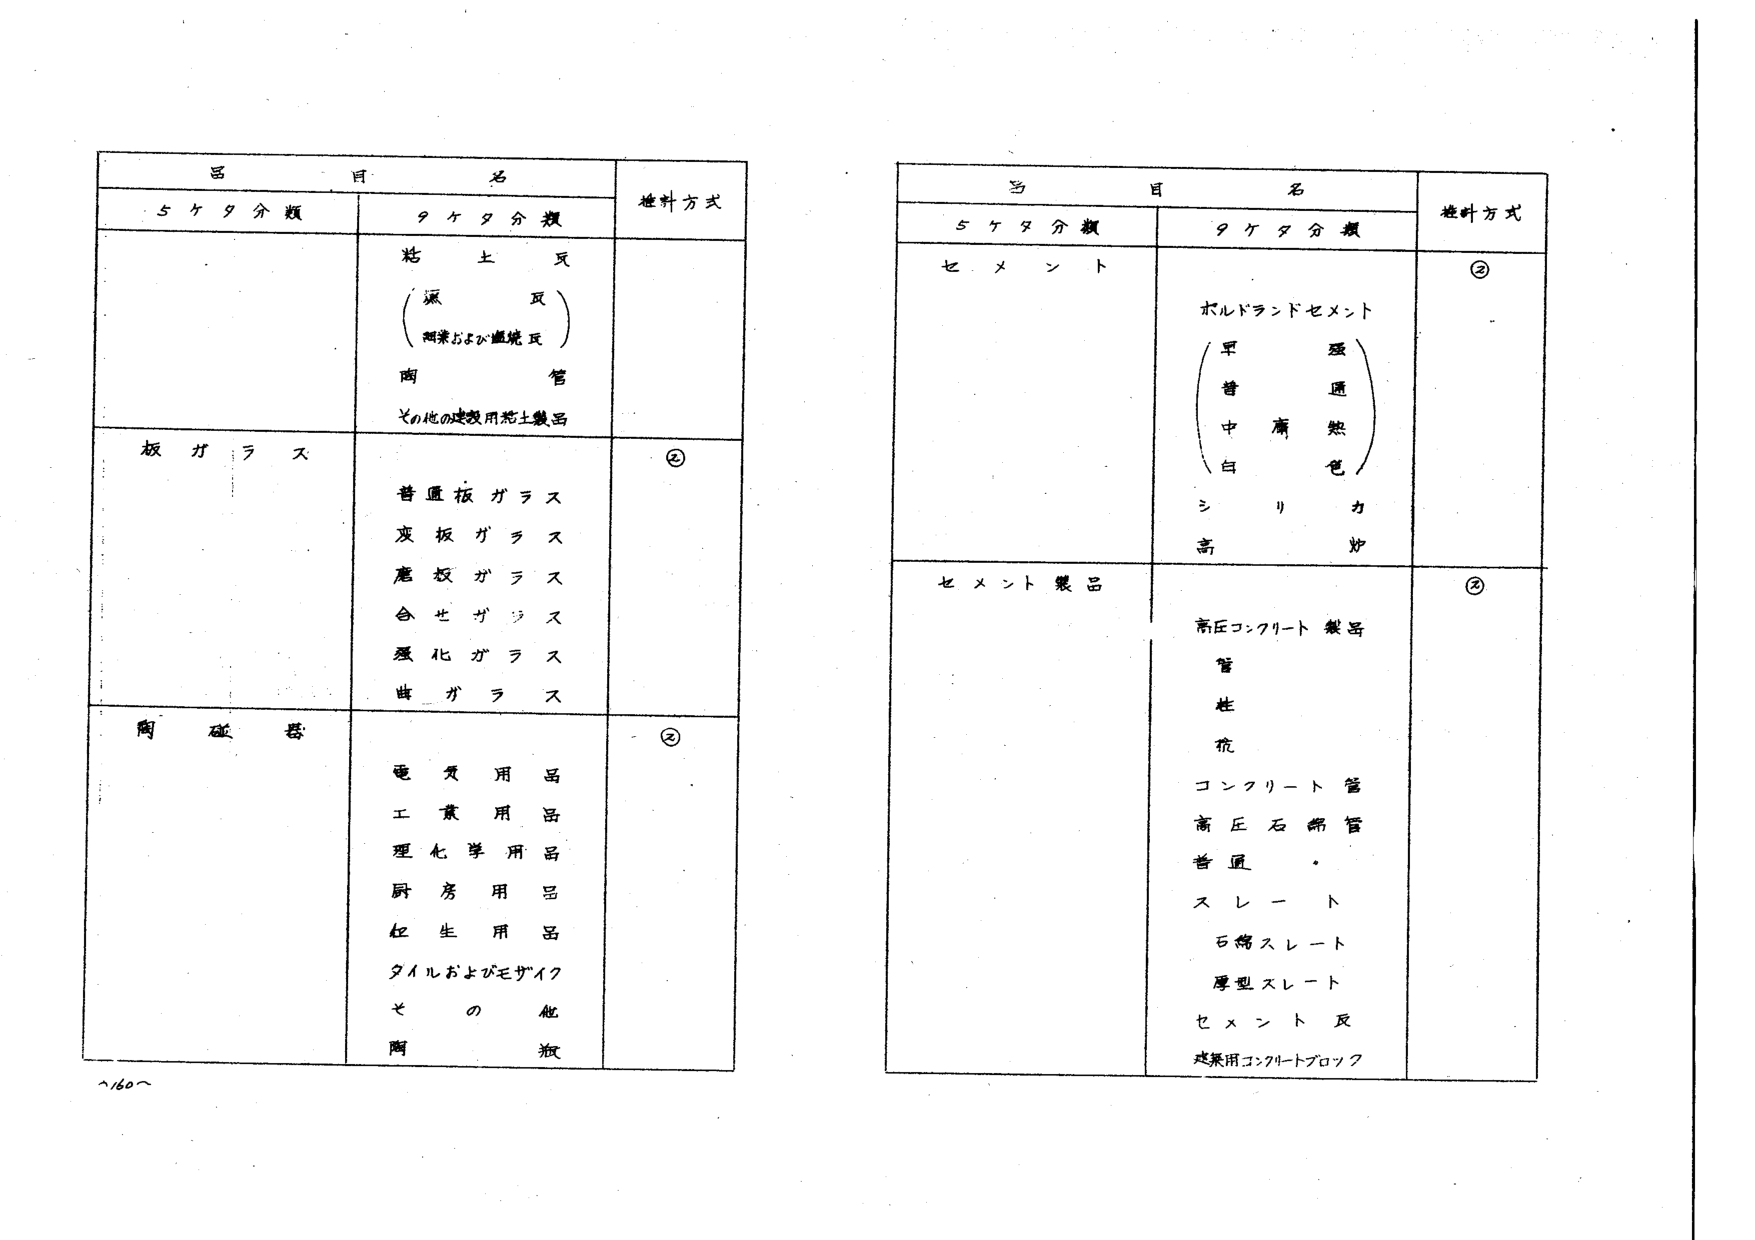
呂 目 名 検針方式
5ケタ分類 9ケタ分類

粘土瓦
（ 深 瓦 ）
（ 両業および縦焼瓦 ）
陶 管
その他の建築用粘土製品

板ガラス
普通板ガラス
灰板ガラス
磨板ガラス
合せガラス
強化ガラス
曲ガラス

陶磁器
電気用品
工業用品
理化学用品
厨房用品
衛生用品
タイルおよびモザイク
その他の陶瓶

②
②
②

呂 目 名 検針方式
5ケタ分類 9ケタ分類

セメント
ポルトランドセメント
（ 早 硬 ）
（ 普 通 ）
（ 中 庸 熱 ）
（ 白 色 ）
シリカ
高炉

セメント製品
高圧コンクリート製品
管
柱
杭
コンクリート管
高圧石綿管
普通
スレート
石綿スレート
厚型スレート
セメント瓦
建築用コンクリートブロック

②
②

~160~